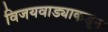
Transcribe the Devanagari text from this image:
विजयवाड्याकडून